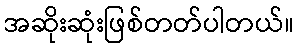
အဆိုးဆုံးဖြစ်တတ်ပါတယ်။